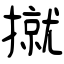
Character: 㩆